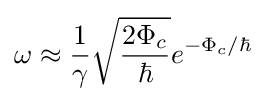
\omega \approx {\frac {1}{\gamma }}{\sqrt {\frac {2\Phi _{c}}{\hbar }}}e^{-\Phi _{c}/\hbar }